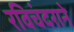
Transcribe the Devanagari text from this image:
रविचंदराने